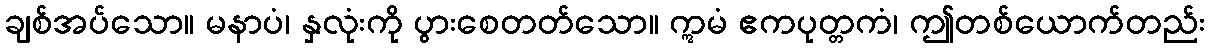
ချစ်အပ်သော။ မနာပံ၊ နှလုံးကို ပွားစေတတ်သော။ ဣမံ ဧကပုတ္တကံ၊ ဤတစ်ယောက်တည်း